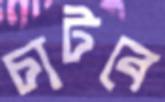
চাটবে